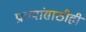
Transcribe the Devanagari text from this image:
प्राण्यांसाठीही